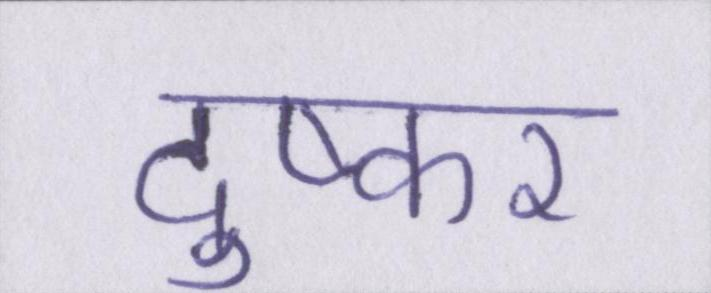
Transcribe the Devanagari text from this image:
दुष्कर